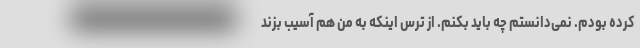
کرده بودم. نمی‌دانستم چه باید بکنم. از ترس اینکه به من هم آسیب بزند